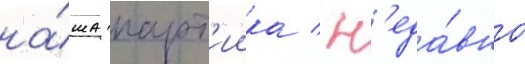
на́ша парт'иика / н'еда́вно